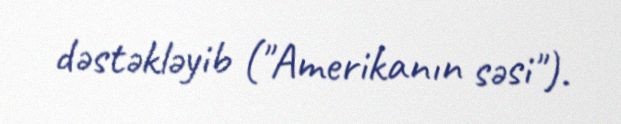
dəstəkləyib ("Amerikanın səsi").